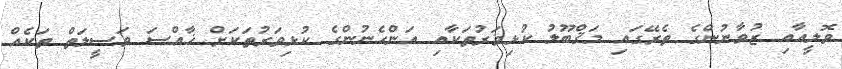
ވޮލީއާއި ޒުވާނުންގެ ތެރޭގައި މަޤްބޫލު ކުޅިވަރުތަކާއި އަންހެނުންގެ ކުޅިވަރުތަކަށް ޚާއްސަ ވަސީލަތް ތަކެއް